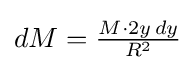
{\textstyle dM={\frac {M\cdot 2y\,dy}{R^{2}}}}